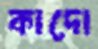
কাদো